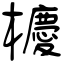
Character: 櫦